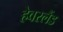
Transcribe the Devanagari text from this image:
हेवरलैंड